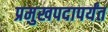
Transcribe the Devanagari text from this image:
प्रमुखपदापर्यंत